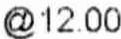
@ 12.00